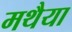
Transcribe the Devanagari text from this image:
मथैया